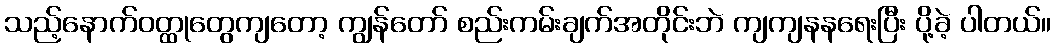
သည့်နောက်ဝတ္ထုတွေကျတော့ ကျွန်တော် စည်းကမ်းချက်အတိုင်းဘဲ ကျကျနနရေးပြီး ပို့ခဲ့ ပါတယ်။